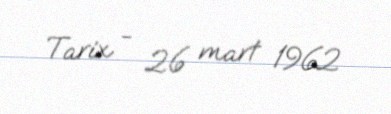
Tarix - 26 mart 1962